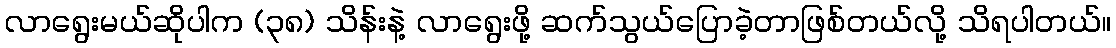
လာရွေးမယ်ဆိုပါက (၃၈) သိန်းနဲ့ လာရွေးဖို့ ဆက်သွယ်ပြောခဲ့တာဖြစ်တယ်လို့ သိရပါတယ်။